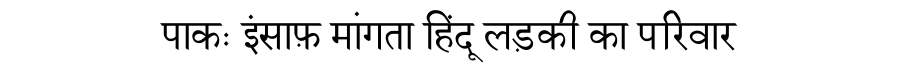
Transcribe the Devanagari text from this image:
पाकः इंसाफ़ मांगता हिंदू लड़की का परिवार